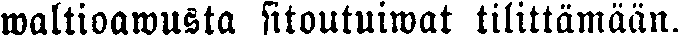
waltioawusta sitoutuiwat tilittämään.